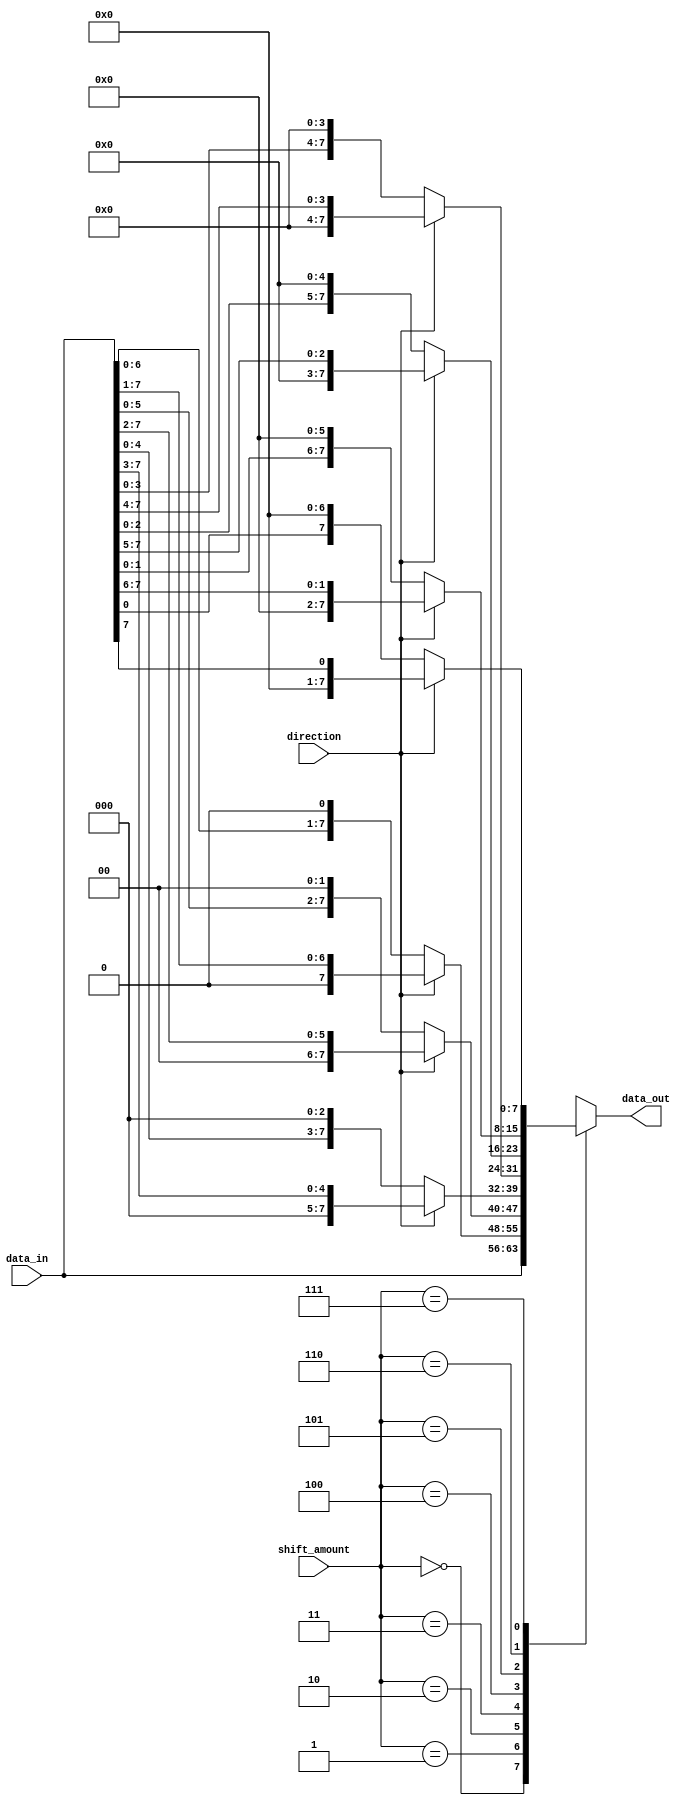
module SparseBarrelShifter (
    input [7:0] data_in,
    input [2:0] shift_amount,
    input direction,
    output reg [7:0] data_out
);

always @(*) begin
    case (shift_amount)
        3'b000: data_out = (direction) ? data_in[7:0] >> 0 : data_in[7:0] << 0;
        3'b001: data_out = (direction) ? data_in[7:0] >> 1 : data_in[7:0] << 1;
        3'b010: data_out = (direction) ? data_in[7:0] >> 2 : data_in[7:0] << 2;
        3'b011: data_out = (direction) ? data_in[7:0] >> 3 : data_in[7:0] << 3;
        3'b100: data_out = (direction) ? data_in[7:0] >> 4 : data_in[7:0] << 4;
        3'b101: data_out = (direction) ? data_in[7:0] >> 5 : data_in[7:0] << 5;
        3'b110: data_out = (direction) ? data_in[7:0] >> 6 : data_in[7:0] << 6;
        3'b111: data_out = (direction) ? data_in[7:0] >> 7 : data_in[7:0] << 7;
    endcase
end

endmodule